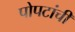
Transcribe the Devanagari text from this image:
पोपटांची